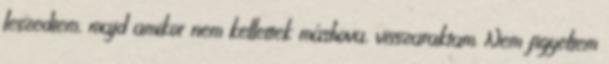
leszedtem, majd amikor nem kellettek máshova, visszaraktam. Nem figyeltem